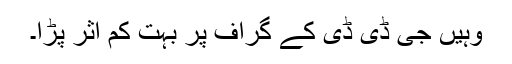
وہیں جی ڈی ڈی کے گراف پر بہت کم اثر پڑا۔